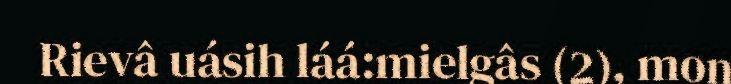
Rievâ uásih láá:mielgâs (2), mon